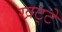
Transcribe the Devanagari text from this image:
खट्‌टे